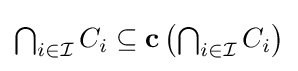
{\textstyle \bigcap _{i\in {\mathcal {I}}}C_{i}\subseteq \mathbf {c} \left(\bigcap _{i\in {\mathcal {I}}}C_{i}\right)}